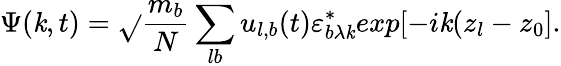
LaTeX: \Psi(\mathit{k},t)=\sqrt{}{{\frac{{m_{b}}}{{N}}}}\sum_{lb}u_{l,b}(t)\varepsilon_{b\lambda\mathit{k}}^{\ast}exp[-i\mathit{k}(z_{l}-z_{0}].